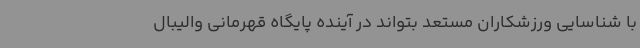
با شناسایی ورزشکاران مستعد بتواند در آینده پایگاه قهرمانی والیبال